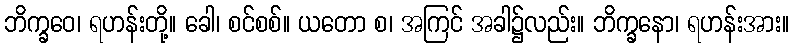
ဘိက္ခဝေ၊ ရဟန်းတို့။ ခေါ၊ စင်စစ်။ ယတော စ၊ အကြင် အခါ၌လည်း။ ဘိက္ခနော၊ ရဟန်းအား။